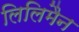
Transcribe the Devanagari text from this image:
लिलिमैन